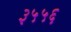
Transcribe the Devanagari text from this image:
३५५६